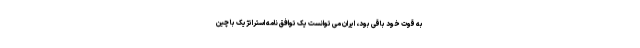
به قوت خود باقی بود، ایران می توانست یک توافق نامه استراتژیک با چین